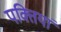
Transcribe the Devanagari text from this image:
पक्तियां